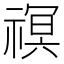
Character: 䄙